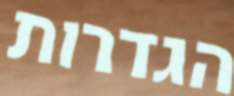
הגדרות